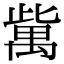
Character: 歶